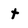
Character: t